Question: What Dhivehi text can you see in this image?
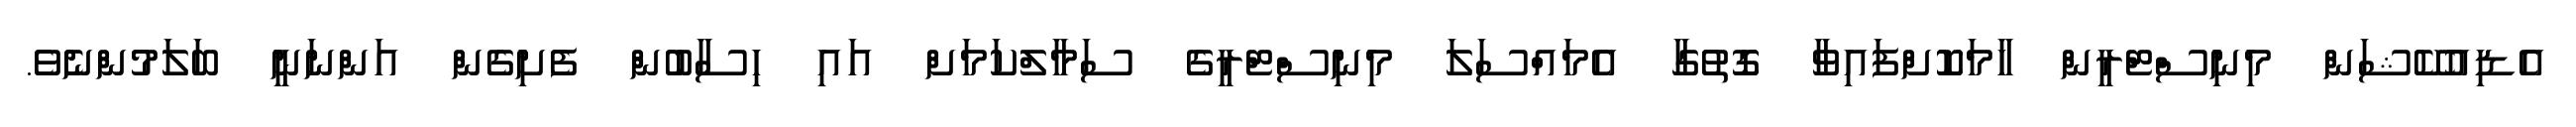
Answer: އެޑިއުކޭޝަން މިނިސްޓްރީން ހާމަކޮށްފައިވާ ގޮތުގާ އެމައްސަލަ މިނިސްޓްރީގެ ސަމާލްކަމަށް އައި ހިސާބުންް ފެށިގެން އަންނަނީ ބަލަމުންނެވެ.